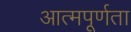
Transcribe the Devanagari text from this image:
आत्मपूर्णता